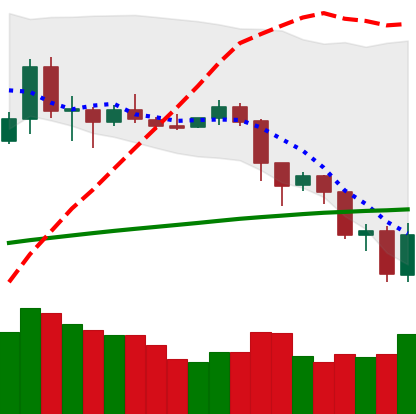
Ticker: LTC-USD
Chart end date: 2019-07-17
Forward return: 6.243%
Label: up_5_7